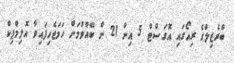
ބްރެޒިލްގެ ރިއޯގައި އޮގަސްޓް 5 އިން 21 ށް ބޭއްވުމަށް ހަމަޖެހިފައިވާ އޮލިމްޕިކް